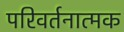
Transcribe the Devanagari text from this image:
परिवर्तनात्मक